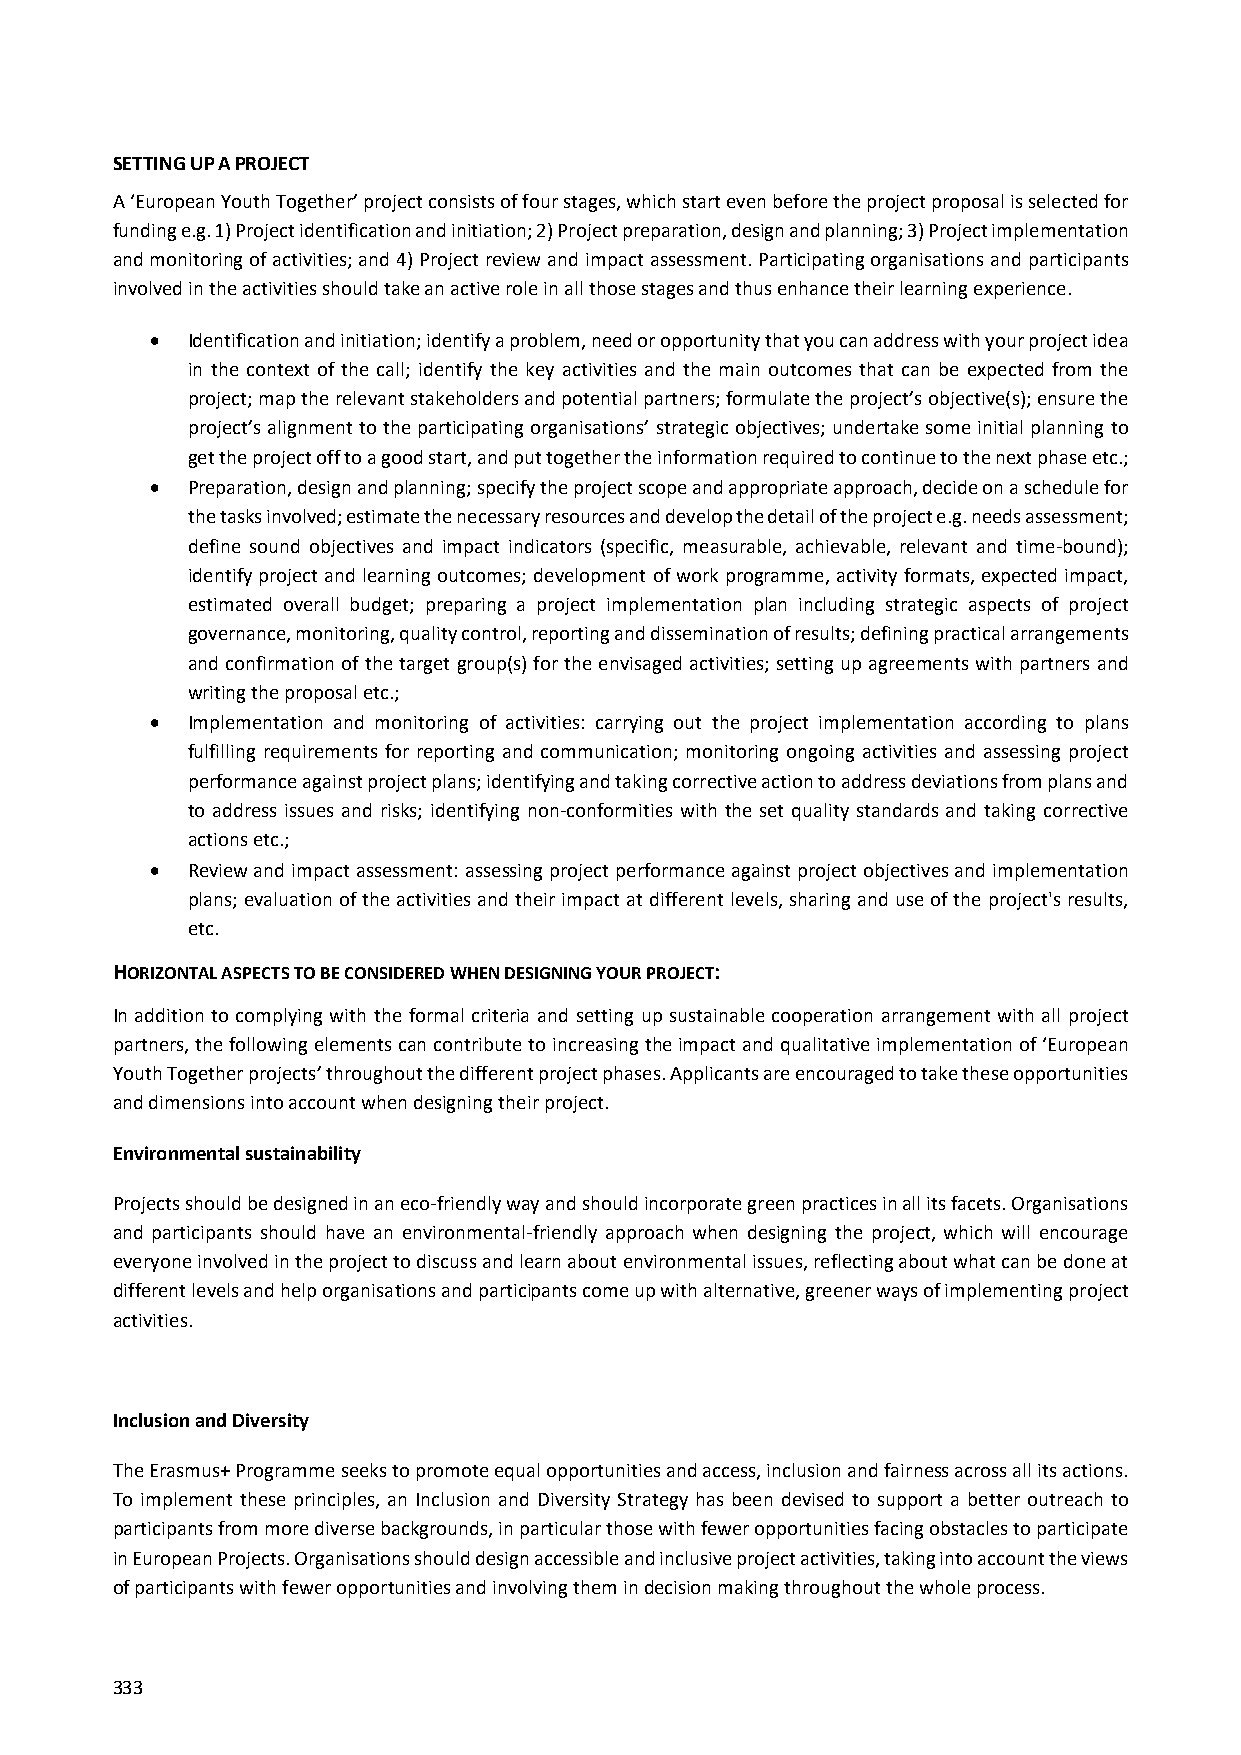
SETTING UP A PROJECT
 A ‘European Youth Together’ project consists of four stages, which start even before the project proposal is selected for
 funding e.g. 1) Project identification and initiation; 2) Project preparation, design and planning; 3) Project implementation
 and monitoring of activities; and 4) Project review and impact assessment. Participating organisations and participants
 involved in the activities should take an active role in all those stages and thus enhance their learning experience.
  Identification and initiation; identify a problem, need or opportunity that you can address with your project idea
 in the context of the call; identify the key activities and the main outcomes that can be expected from the
 project; map the relevant stakeholders and potential partners; formulate the project’s objective(s); ensure the
 project’s alignment to the participating organisations’ strategic objectives; undertake some initial planning to
 get the project off to a good start, and put together the information required to continue to the next phase etc.;
  Preparation, design and planning; specify the project scope and appropriate approach, decide on a schedule for
 the tasks involved; estimate the necessary resources and develop the detail of the project e.g. needs assessment;
 define sound objectives and impact indicators (specific, measurable, achievable, relevant and time‐bound);
 identify project and learning outcomes; development of work programme, activity formats, expected impact,
 estimated overall budget; preparing a project implementation plan including strategic aspects of project
 governance, monitoring, quality control, reporting and dissemination of results; defining practical arrangements
 and confirmation of the target group(s) for the envisaged activities; setting up agreements with partners and
 writing the proposal etc.;
  Implementation and monitoring of activities: carrying out the project implementation according to plans
 fulfilling requirements for reporting and communication; monitoring ongoing activities and assessing project
 performance against project plans; identifying and taking corrective action to address deviations from plans and
 to address issues and risks; identifying non‐conformities with the set quality standards and taking corrective
 actions etc.;
  Review and impact assessment: assessing project performance against project objectives and implementation
 plans; evaluation of the activities and their impact at different levels, sharing and use of the project's results,
 etc.
 HORIZONTAL ASPECTS TO BE CONSIDERED WHEN DESIGNING YOUR PROJECT:
 In addition to complying with the formal criteria and setting up sustainable cooperation arrangement with all project
 partners, the following elements can contribute to increasing the impact and qualitative implementation of ‘European
 Youth Together projects’ throughout the different project phases. Applicants are encouraged to take these opportunities
 and dimensions into account when designing their project.
 Environmental sustainability
 Projects should be designed in an eco‐friendly way and should incorporate green practices in all its facets. Organisations
 and participants should have an environmental‐friendly approach when designing the project, which will encourage
 everyone involved in the project to discuss and learn about environmental issues, reflecting about what can be done at
 different levels and help organisations and participants come up with alternative, greener ways of implementing project
 activities.
 Inclusion and Diversity
 The Erasmus+ Programme seeks to promote equal opportunities and access, inclusion and fairness across all its actions.
 To implement these principles, an Inclusion and Diversity Strategy has been devised to support a better outreach to
 participants from more diverse backgrounds, in particular those with fewer opportunities facing obstacles to participate
 in European Projects. Organisations should design accessible and inclusive project activities, taking into account the views
 of participants with fewer opportunities and involving them in decision making throughout the whole process.
 333